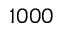
1 0 0 0